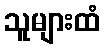
သူများထံ